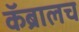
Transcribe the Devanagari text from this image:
कॅब्रालच